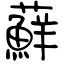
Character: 蘚